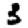
Digit: 3